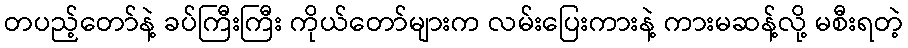
တပည့်တော်နဲ့ ခပ်ကြီးကြီး ကိုယ်တော်များက လမ်းပြေးကားနဲ့ ကားမဆန့်လို့ မစီးရတဲ့